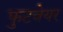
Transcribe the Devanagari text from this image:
फुटवेयर